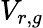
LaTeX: V_{r,g}